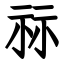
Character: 祘